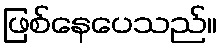
ဖြစ်နေပေသည်။